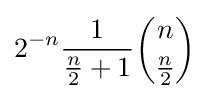
2^{-n}{\frac {1}{{\tfrac {n}{2}}+1}}{\binom {n}{\tfrac {n}{2}}}